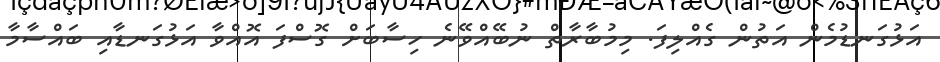
އަޅުގަނޑުމެން އަތުން ގެއްލިފަ. މިމުބާރާތް ނުބޭއްވޭނެ ހިސާބަށް ގޮސްފަ އޮއްވާ އަޅުގަނޑާއި ބައްސާމާ